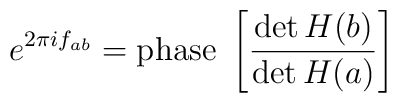
e^{2\pi i f_{ab}}=\hbox{phase }\left[ \frac{\det H(b)}{\det H(a)}\right]